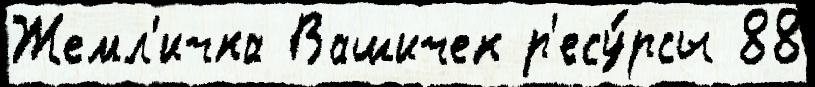
Жемл'ичка Вашичек р'есу́рсы 88